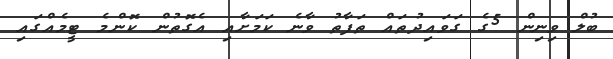
ބުލް ވިނިން 5ގެ ގަވައިދުތައް ތަފާތު ވާނެ ކަމަށާއި އެގޮތުން ކޮންމެ ޓީމެއްގައި